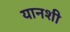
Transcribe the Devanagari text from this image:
यानशी